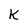
Character: k